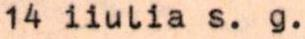
14 iiulia s. g.